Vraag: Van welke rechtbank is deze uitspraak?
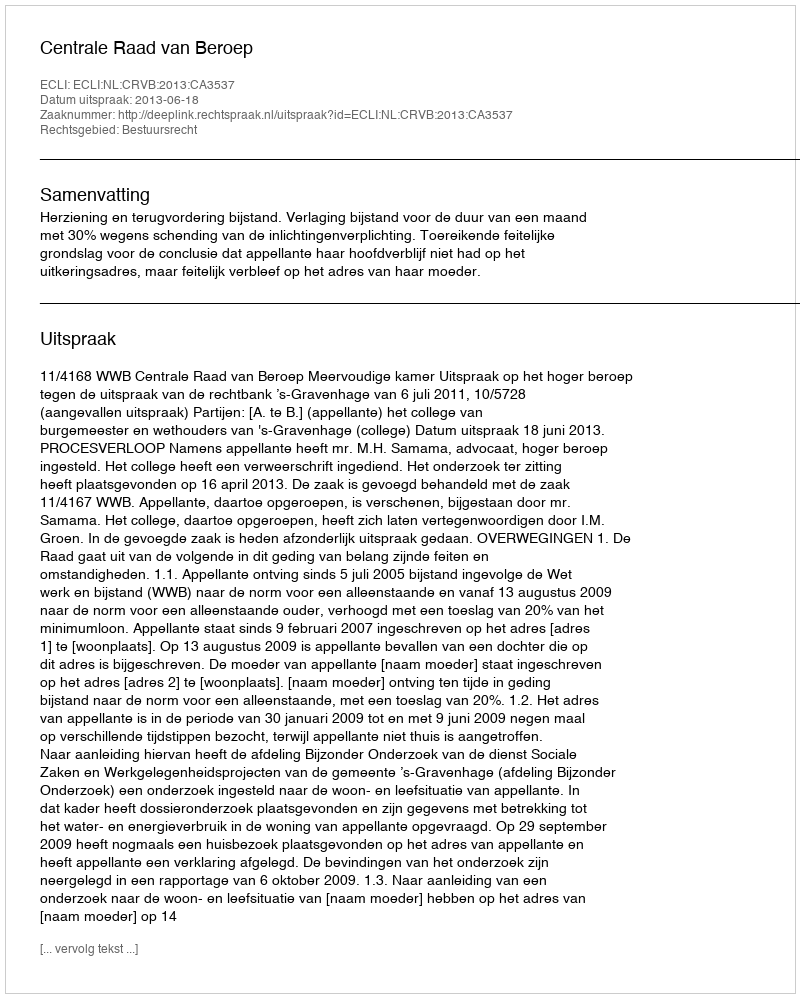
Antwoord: Centrale Raad van Beroep